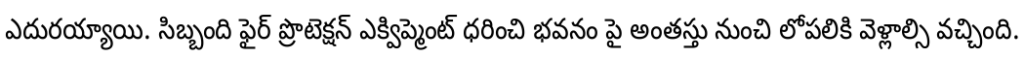
ఎదురయ్యాయి. సిబ్బంది ఫైర్ ప్రొటెక్షన్ ఎక్విప్మెంట్ ధరించి భవనం పై అంతస్తు నుంచి లోపలికి వెళ్లాల్సి వచ్చింది.